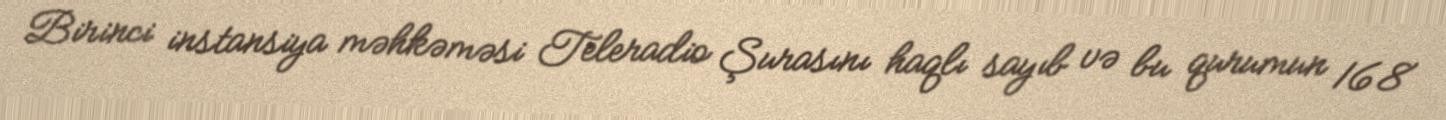
Birinci instansiya məhkəməsi Teleradio Şurasını haqlı sayıb və bu qurumun 168